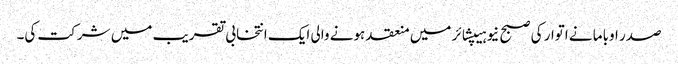
صدر اوباما نے اتوار کی صبح نیو ہیپشائر میں منعقد ہونے والی ایک انتخابی تقریب میں شرکت کی۔